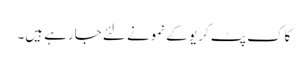
کاک پٹ کریو کے نمونے لئے جارہے ہیں۔